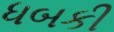
ધબકી